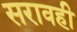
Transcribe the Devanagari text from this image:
सरावही